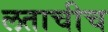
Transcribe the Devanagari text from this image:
लताचीच